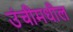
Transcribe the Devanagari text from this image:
उंचीमधील